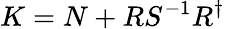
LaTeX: K=N+RS^{-1}R^{\dagger}